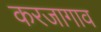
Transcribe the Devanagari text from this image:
करजागाव